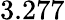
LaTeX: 3.277